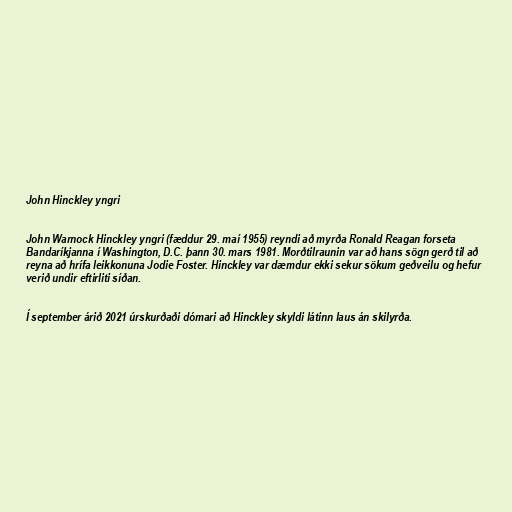
John Hinckley yngri

John Warnock Hinckley yngri (fæddur 29. maí 1955) reyndi að myrða Ronald Reagan forseta
Bandaríkjanna í Washington, D.C. þann 30. mars 1981. Morðtilraunin var að hans sögn gerð til að
reyna að hrífa leikkonuna Jodie Foster. Hinckley var dæmdur ekki sekur sökum geðveilu og hefur
verið undir eftirliti síðan.

Í september árið 2021 úrskurðaði dómari að Hinckley skyldi látinn laus án skilyrða.